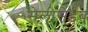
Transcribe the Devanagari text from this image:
सेलोसेइब